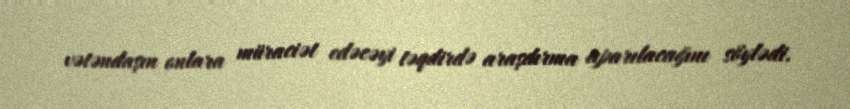
vətəndaşın onlara müraciət edəcəyi təqdirdə araşdırma aparılacağını söylədi.